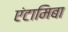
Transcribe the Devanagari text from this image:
एंटामिबा